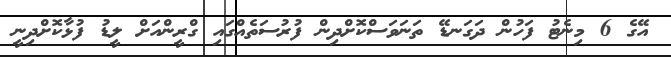
އޭގެ 6 މިނެޓު ފަހުން ދަގަނޑޭ ތަނަވަސްކޮށްދިން ފުރުސަތެއްގައި ގްރީންއަށް ލީޑު ފުޅާކޮށްދިނީ